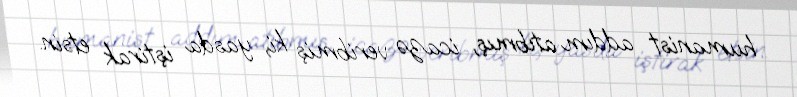
humanist addım atıbmış, icazə veribmiş ki, yasda iştirak etsin.